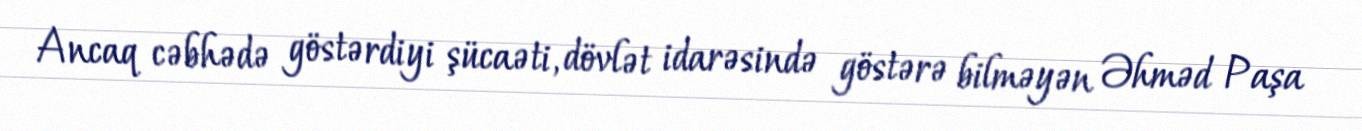
Ancaq cəbhədə göstərdiyi şücaəti, dövlət idarəsində göstərə bilməyən Əhməd Paşa